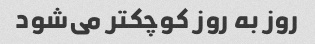
روز به روز کوچکتر می‌شود